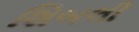
શિબલી